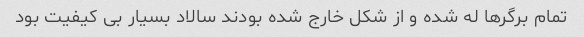
تمام برگرها له شده و از شکل خارج شده بودند سالاد بسیار بی کیفیت بود